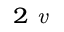
_ { 2 \textit { v } }